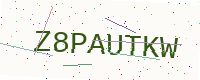
Text: Z8PAUTKW